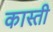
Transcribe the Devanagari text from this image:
कास्ती